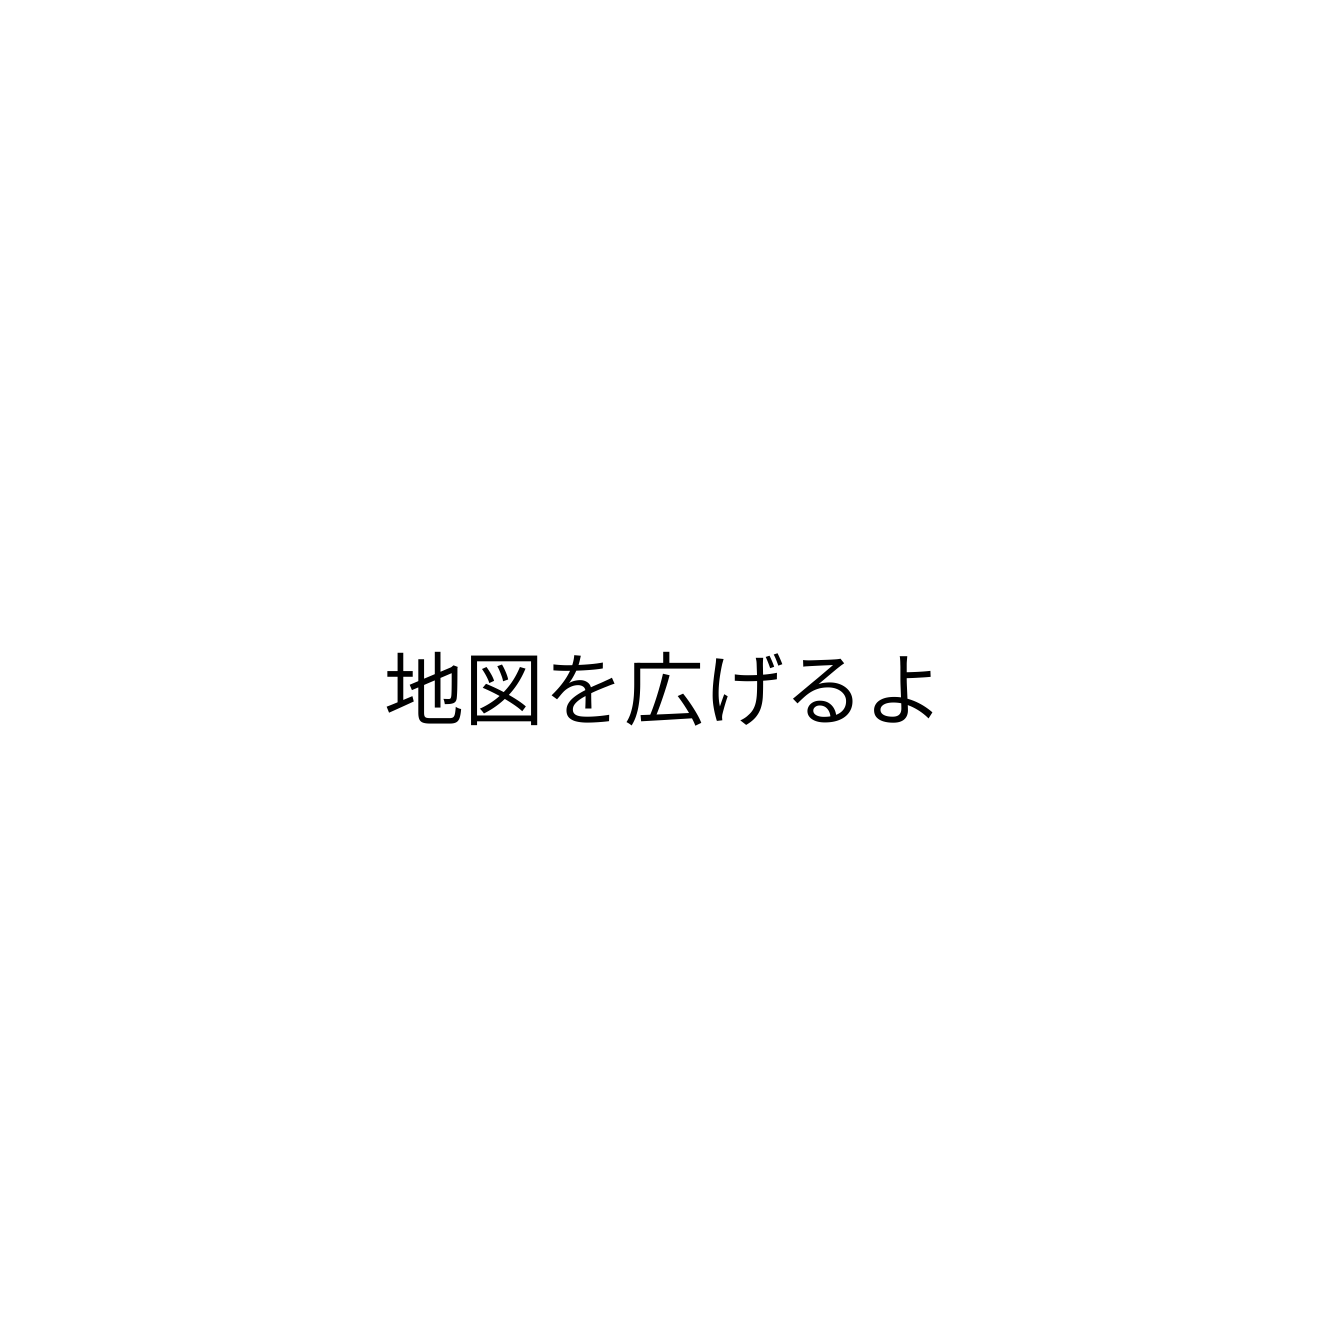
地図を広げるよ